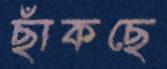
ছাঁকছে